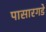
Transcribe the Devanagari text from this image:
पासारगडे